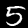
Label: 5